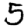
Digit: 5